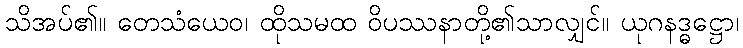
သိအပ်၏။ တေသံယေဝ၊ ထိုသမထ ဝိပဿနာတို့၏သာလျှင်။ ယုဂနဒ္ဓဋ္ဌော၊